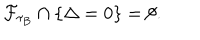
\mathcal { F } _ { \tau _ { B } } \cap \{ \Delta = 0 \} = \emptyset .